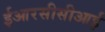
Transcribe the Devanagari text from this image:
ईआरसीसीआई